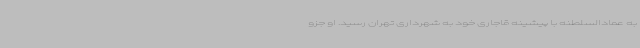
به عمادالسلطنه با پیشینه قاجاری خود به شهرداری تهران رسید. او جزو